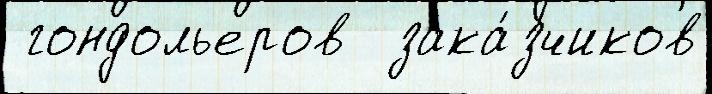
 гондольеров  зака́зчиков